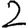
Digit: 2